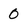
Character: 0